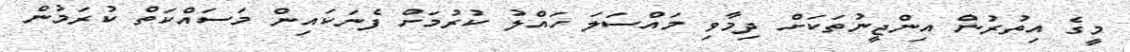
މީގެ އިތުރުން އިންޖީނުތަކަށް ދިމާވި މައްސަލަ ހައްލު ކުރުމަށް ފެނަކައިން މަސައްކަތް ކުރަމުން